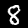
Digit: 8